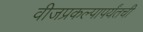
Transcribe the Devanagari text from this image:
वीजप्रकल्पापर्यंतची